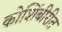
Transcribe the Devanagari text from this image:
कोशिंबीरीत